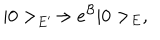
LaTeX: | 0 > _ { E ^ { \prime } } \rightarrow e ^ { \cal B } | 0 > _ { E } ,